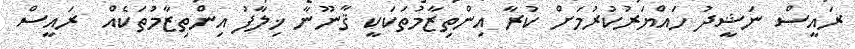
ރައީސް ނަޝީދު ހައްޔަރުކުރުމަށް ކުރާ އިންތިޒާމުތަކަކީ ޤާނޫނާ ޚިލާފު އިންތިޒާމުތަކެއް  ރައީސް